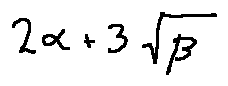
2 \alpha + 3 \sqrt { \beta }